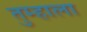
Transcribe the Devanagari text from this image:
तुम्‍हाला